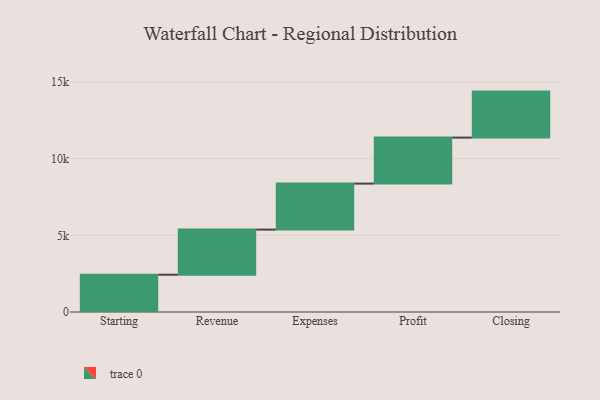
{"axis": {"x": "Step", "y": "Value"}, "legend": [""], "data": [{"x": "Starting", "y": 2431.0, "type": ""}, {"x": "Revenue", "y": 2943.0, "type": ""}, {"x": "Expenses", "y": 3000, "type": ""}, {"x": "Profit", "y": 3000, "type": ""}, {"x": "Closing", "y": 3000, "type": ""}]}